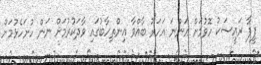
ފީފާ ރައީސަކު ހޮވުމަށް އަންނަ އަހަރު ބާއްވާ އިންތިހާބުގައި ވާދަކުރުމަށް ނަން ހުށަހެޅުމަށް